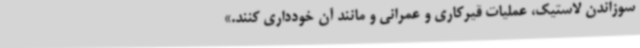
سوزاندن لاستیک، عملیات قیرکاری و عمرانی و مانند آن خودداری کنند.»